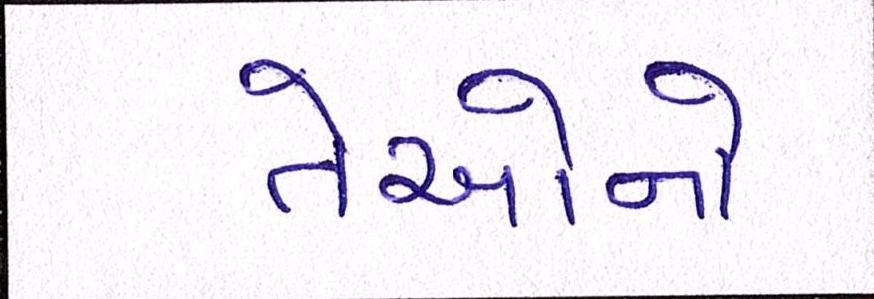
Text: તેઓનો